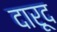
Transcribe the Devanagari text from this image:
दारूद